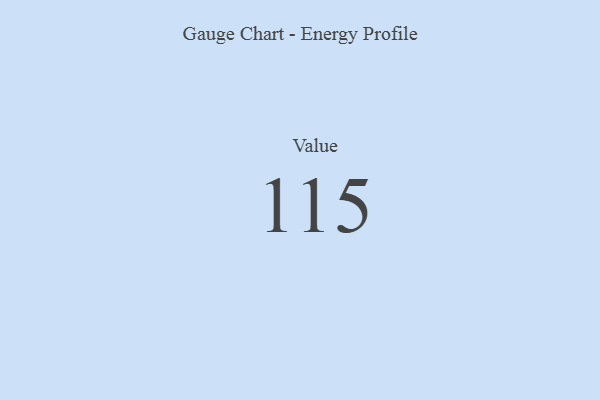
{"axis": {"x": "Metric", "y": "Value"}, "legend": [""], "data": [{"x": "Value", "y": 115, "type": ""}]}